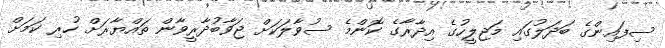
ސިފައިންގެ ބަދަލުގައި މަޖިލީހުގެ އިދާރާގެ ކޮންމެ ސުވާލަކަށް ޖަވާބުދާރީވާން ތައްޔާރަށް ހުރި ކަމަށް